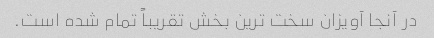
در آنجا آویزان سخت ترین بخش تقریباً تمام شده است.